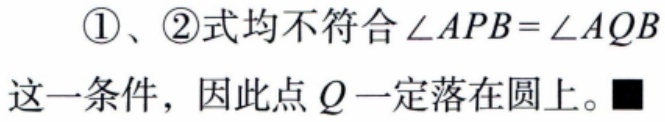
\textcircled{1}、\textcircled{2}式均不符合\(\angle APB = \angle AQB\)这一条件，因此点 \(Q\) 一定落在圆上。■